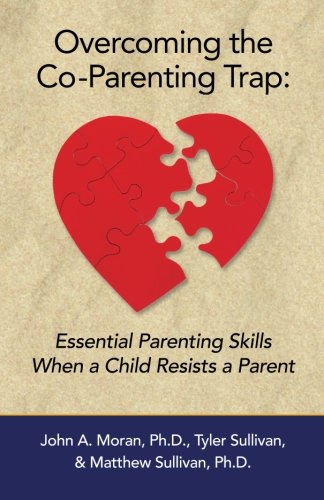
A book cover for Overcoming the Co-Parenting Trap: Essential Parenting Skills When a Child Resists a Parent; John A. Moran Ph.D.; Parenting & Relationships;